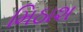
મિઠાશ